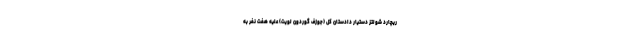
ریچارد شولتز دستیار دادستان کل (جوزف گوردون لویت) علیه هفت نفر به